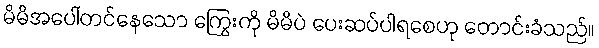
မိမိအပေါ်တင်နေသော ကြွေးကို မိမိပဲ ပေးဆပ်ပါရစေဟု တောင်းခံသည်။